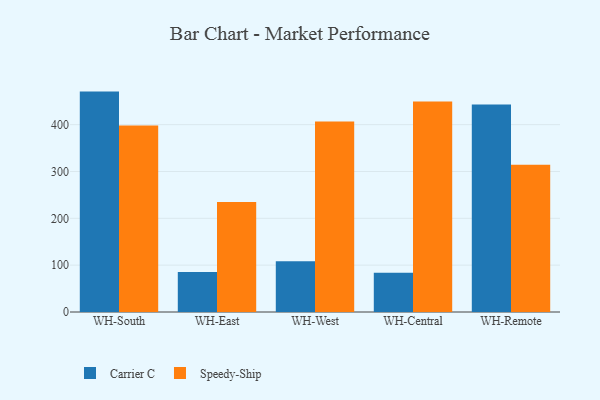
{"axis": {"x": "Warehouse", "y": "Temperature (°C)"}, "legend": ["Carrier C", "Speedy-Ship"], "data": [{"x": "WH-South", "y": 470.6, "type": "Carrier C"}, {"x": "WH-South", "y": 398.3, "type": "Speedy-Ship"}, {"x": "WH-East", "y": 85.5, "type": "Carrier C"}, {"x": "WH-East", "y": 235.0, "type": "Speedy-Ship"}, {"x": "WH-West", "y": 108.3, "type": "Carrier C"}, {"x": "WH-West", "y": 406.9, "type": "Speedy-Ship"}, {"x": "WH-Central", "y": 83.7, "type": "Carrier C"}, {"x": "WH-Central", "y": 449.7, "type": "Speedy-Ship"}, {"x": "WH-Remote", "y": 443.3, "type": "Carrier C"}, {"x": "WH-Remote", "y": 314.2, "type": "Speedy-Ship"}]}